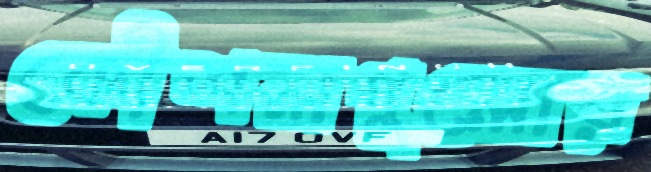
কৌশলগুলোর